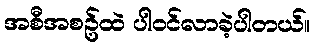
အစီအစဥ်ထဲ ပါဝင်လာခဲ့ပါတယ်။